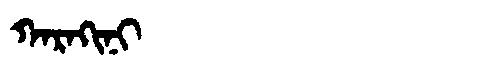
Manchu: ᡴᠠᡵᠠᡴᡳᠨᡳ
Romanization: KARAKINI